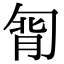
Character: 㔨